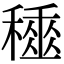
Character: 𥢰